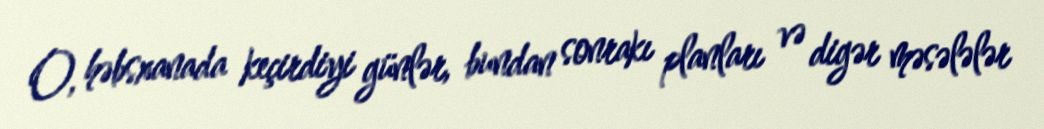
O, həbsxanada keçirdiyi günlər, bundan sonrakı planları və digər məsələlər